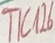
Text: TIC126